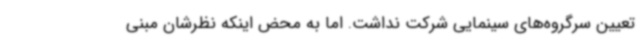
تعیین سرگروه‌های سینمایی شرکت نداشت. اما به محض اینکه نظرشان مبنی